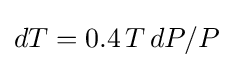
dT=0.4\,T\,dP/P